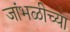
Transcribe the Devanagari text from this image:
जांभळीच्या